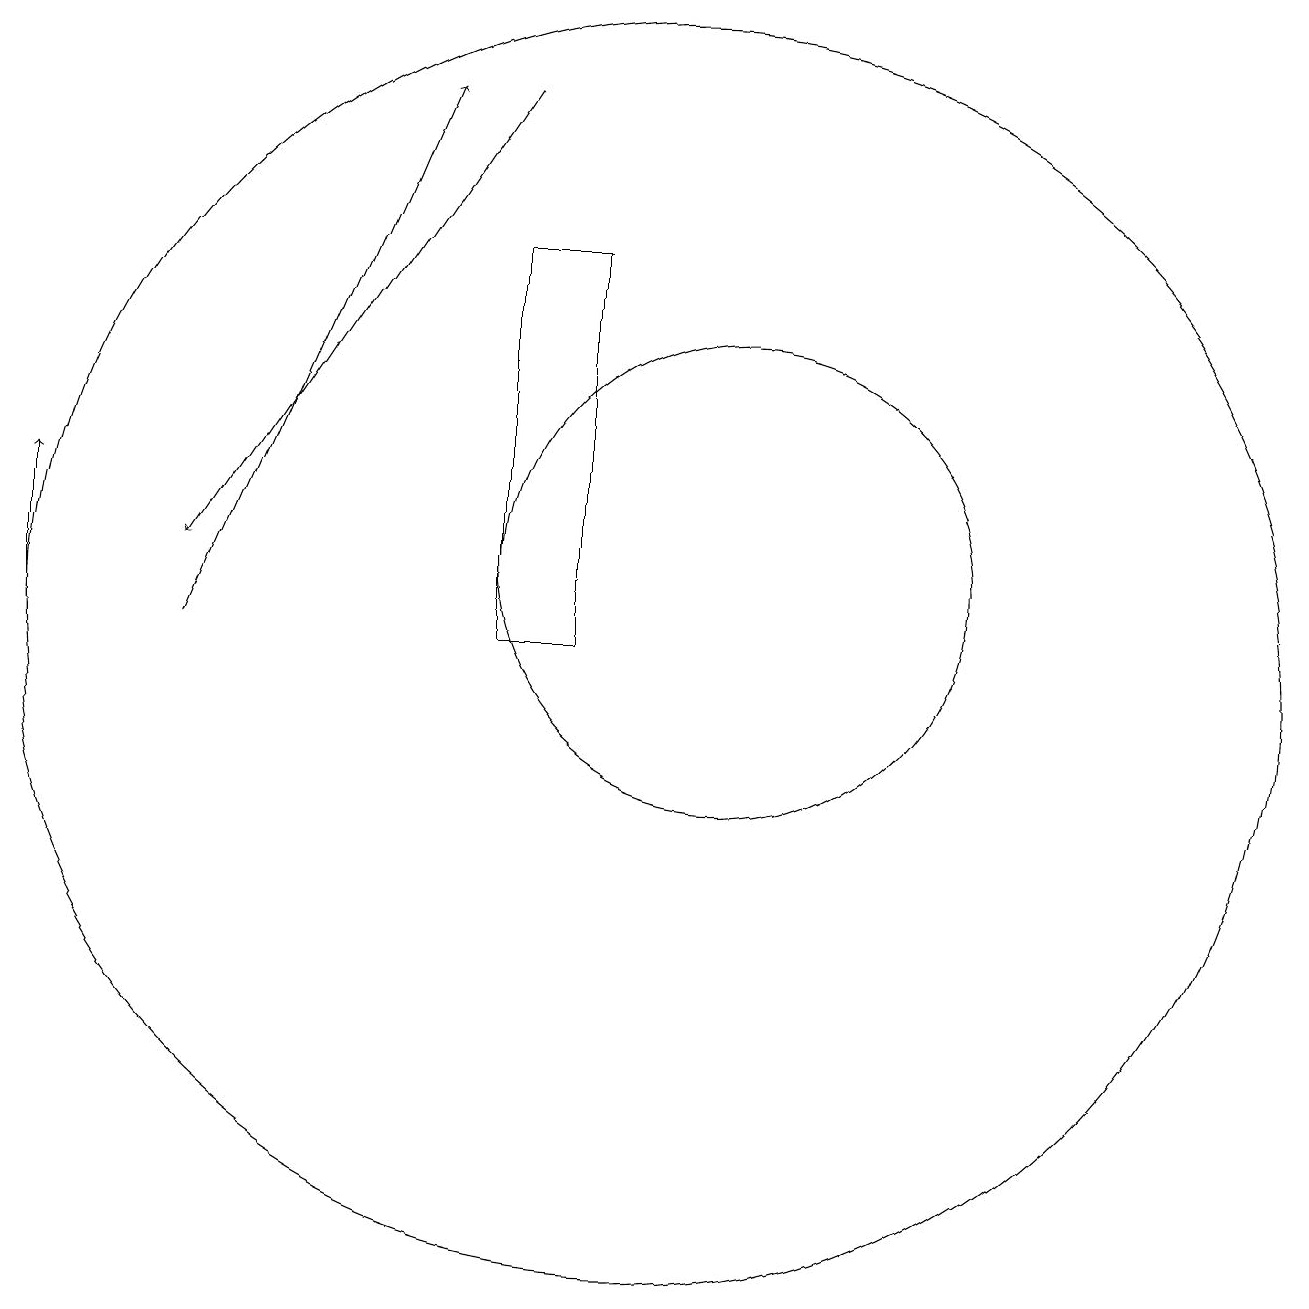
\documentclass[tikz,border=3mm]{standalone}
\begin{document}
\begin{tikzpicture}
\draw[->] (8,18) -- (4,12);
\draw (10,11) circle (8);
\draw[->] (4,11) -- (7,18);
\draw (8,16) rectangle (9,11);
\draw (11,12) circle (3);
\draw[->] (2,11) -- (2,13);
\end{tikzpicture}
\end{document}